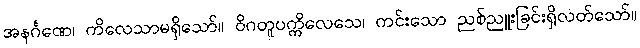
အနင်္ဂဏေ၊ ကိလေသာမရှိသော်။ ဝိဂတူပက္ကိလေသေ၊ ကင်းသော ညစ်ညူးခြင်းရှိလတ်သော်။